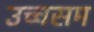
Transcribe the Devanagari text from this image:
उच्चसम